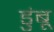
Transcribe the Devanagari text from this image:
डुंबू